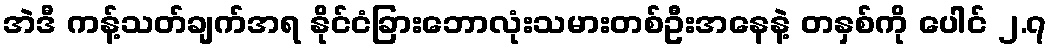
အဲဒီ ကန့်သတ်ချက်အရ နိုင်ငံခြားဘောလုံးသမားတစ်ဦးအနေနဲ့ တနှစ်ကို ပေါင် ၂.၇